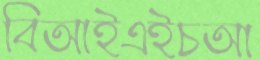
বিআইএইচআ